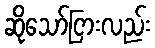
ဆိုသော်ငြားလည်း